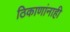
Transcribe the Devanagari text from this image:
ठिकाणांनाही